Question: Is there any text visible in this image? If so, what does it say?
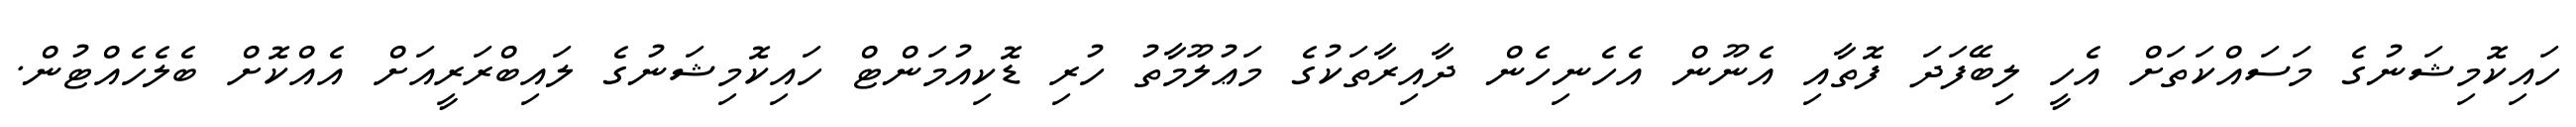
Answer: ހައިކޮމިޝަނުގެ މަސައްކަތަށް އެހީ ލިބޭފަދަ ފޮތާއި އެނޫން އެހެނިހެން ދާއިރާތަކުގެ މަޢުލޫމާތު ހުރި ޑޮކިއުމަންޓް ހައިކޮމިޝަނުގެ ލައިބްރަރީއަށް އެއްކޮށް ބެލެހެއްޓުން.